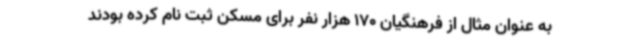
به عنوان مثال از فرهنگیان 170 هزار نفر برای مسکن ثبت نام کرده بودند